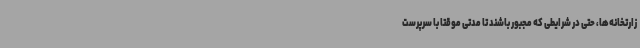
زارتخانه‌ها، حتی در شرایطی که مجبور باشند تا مدتی موقتا با سرپرست